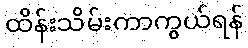
ထိန်းသိမ်းကာကွယ်ရန်